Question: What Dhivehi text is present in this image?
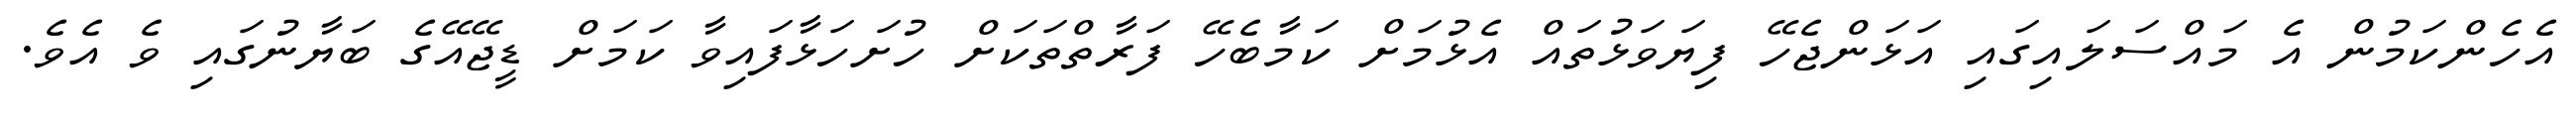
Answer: އެހެންކަމުން އެ މައްސަލައިގައި އަޅަންޖެހޭ ފިޔަވަޅުތައް އެޅުމަށް ކަމާބެހޭ ފަރާތްތަކަށް ހުށަހަޅާފައިވާ ކަމަށް ޑީޖޭއޭގެ ބަޔާނުގައި ވެ އެވެ.